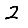
Digit: 2